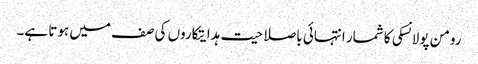
رومن پولانسکی کا شمار انتہائی باصلاحیت ہدایتکاروں کی صف میں ہوتا ہے۔